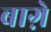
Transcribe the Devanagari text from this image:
बाग़े